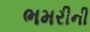
ભમરીની